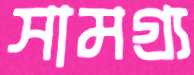
সামগ্র্য